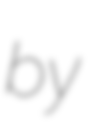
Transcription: by